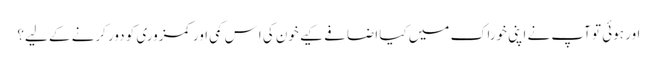
اور ہوئی تو آپ نے اپنی خوراک میں کیا اضافے کیے خون کی اِس کمی اور کمزوری کو دور کرنے کے لیے؟